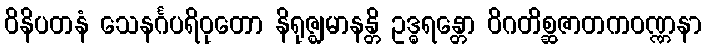
ဝိနိပတနံ သေနင်္ဂပရိဝုတော နိရုဇ္ဈမာနန္တိ ဥဒ္ဓရန္တော ဝိဂတိစ္ဆဇာတကဝဏ္ဏနာ